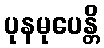
ပုနမုပေန္တိ